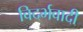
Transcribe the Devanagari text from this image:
विदर्भवादी